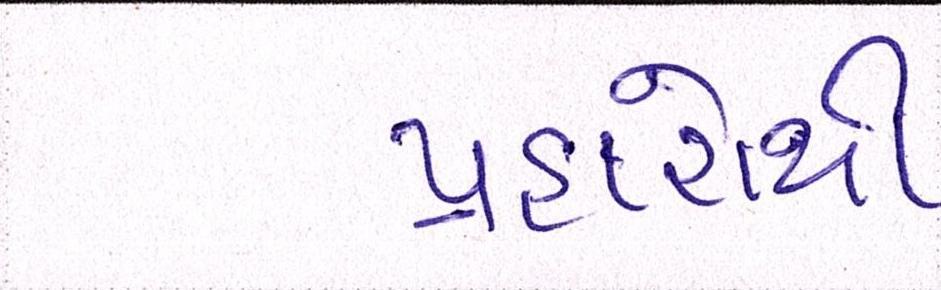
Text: પ્રહારોથી